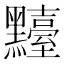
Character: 𪒴